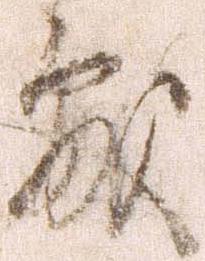
処